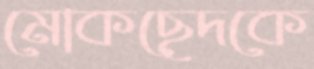
মোকছেদকে